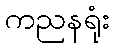
ကညနရုံး